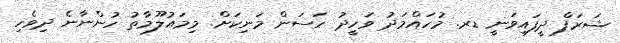
ޝަރަފް ދީފައިވަނީ ޑރ. މުހައްމަދު ވަހީދު ހަސަން މަނިކަށް. މިމައުލޫމާތު ހުންނާނެ ދިވެހި